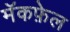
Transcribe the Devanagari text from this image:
मॅकफ़ेल